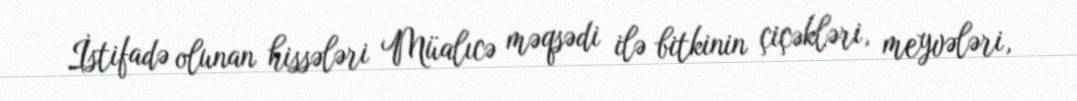
İstifadə olunan hissələri Müalıcə məqsədi ilə bitkinin çiçəkləri, meyvələri,